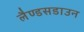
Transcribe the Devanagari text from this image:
लैण्डसडाउन